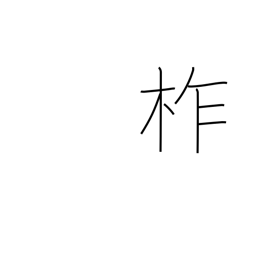
Meaning: type of oak